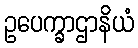
ဥပေက္ခာဌာနိယံ